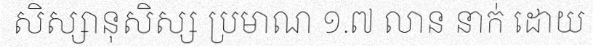
សិស្សានុសិស្ស ប្រមាណ ១.៧ លាន នាក់ ដោយ